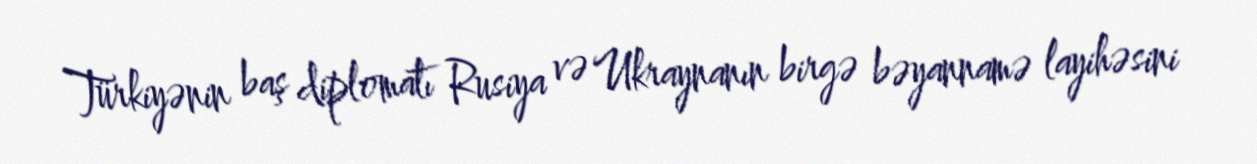
Türkiyənin baş diplomatı Rusiya və Ukraynanın birgə bəyannamə layihəsini